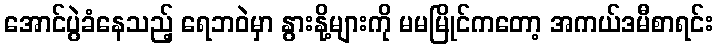
အောင်ပွဲခံနေသည့် ရေဘဝဲမှာ နွားနို့များကို မမမြိုင်ကတော့ အကယ်ဒမီစာရင်း